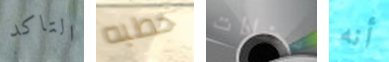
التاكد خطبه مضادات أنه